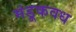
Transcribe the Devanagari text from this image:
मंडूकवध